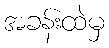
အခန်းထဲမှ